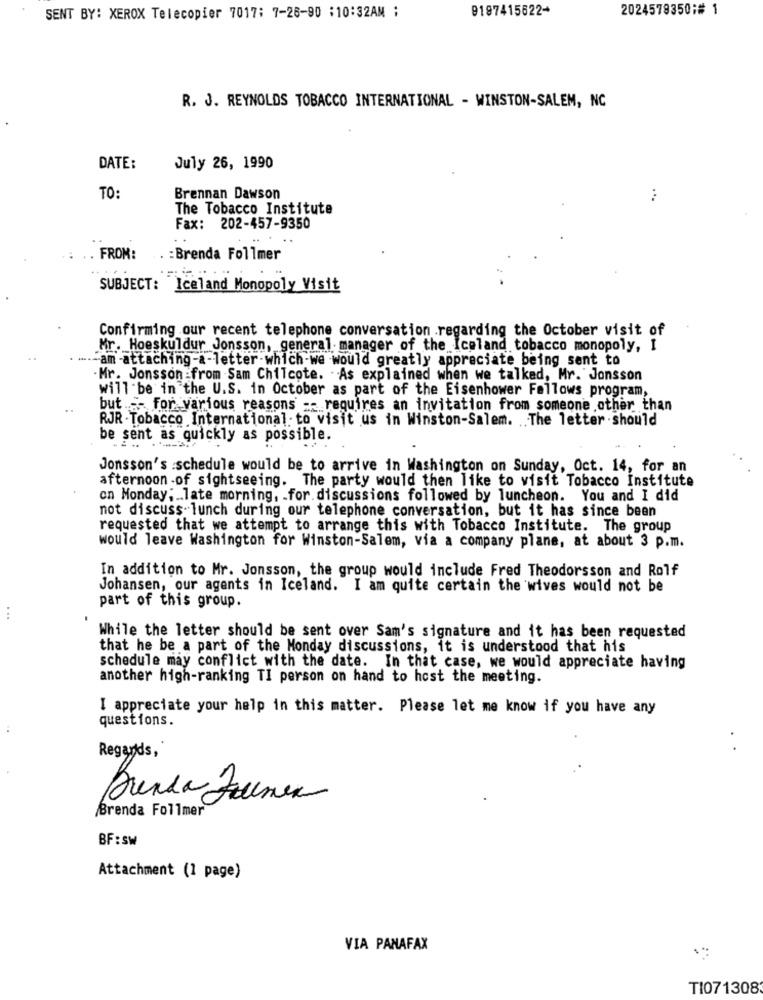
9197415622+
2024578350;# 1
SENT BY: XEROX Telecopier 7017: 7-26-90 :10:32AM ;
R. J. REYNOLDS TOBACCO INTERNATIONAL - WINSTON-SALEM, NC
DATE:
July 26, 1990
TO:
Brennan Dawson
...
The Tobacco Institute
Fax: 202-457-9350
FROM:
: Brenda Follmer
SUBJECT: Iceland Monopoly Visit
Confirming our recent telephone conversation .regarding the October visit of
Mr. Hoeskuldur Jonsson, general manager of the Iceland tobacco monopoly, I
-.- am attaching-a-letter-which-we would greatly appreciate being sent to
Mr. Jonsson from Sam Chilcote. . As explained when we talked, Mr. Jonsson
will be in the U.S. in October as part of the Eisenhower Fellows program,
but .-- For various reasons -- requires an invitation from someone other than
RJR . Tobacco International to visit us in Winston-Salem. .. The letter should
be sent as quickly as possible.
Jonsson's :schedule would be to arrive in Washington on Sunday, Oct. 14, for an
afternoon -of sightseeing. The party would then like to visit Tobacco Institute
on Monday; . late morning, . for discussions followed by luncheon. You and I did
not discuss lunch during our telephone conversation, but it has since been
requested that we attempt to arrange this with Tobacco Institute. The group
would leave Washington for Winston-Salem, via a company plane, at about 3 p.m.
In addition to Mr. Jonsson, the group would include Fred Theodorsson and Rolf
Johansen, our agents in Iceland. I am quite certain the wives would not be
part of this group.
...
While the letter should be sent over Sam's signature and it has been requested
that he be a part of the Monday discussions, it is understood that his
schedule may conflict with the date. In that case, we would appreciate having
another high-ranking TI person on hand to host the meeting.
I appreciate your help in this matter. Please let me know if you have any
questions.
Regards,
. .
Brenda Zumen
Brenda Follmer
BF:SW
Attachment (1 page)
VIA PANAFAX
TI071308